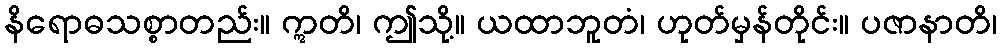
နိရောဓသစ္စာတည်း။ ဣတိ၊ ဤသို့။ ယထာဘူတံ၊ ဟုတ်မှန်တိုင်း။ ပဇာနာတိ၊